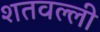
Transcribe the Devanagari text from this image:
शतवल्ली